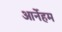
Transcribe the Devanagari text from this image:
आर्नेहम